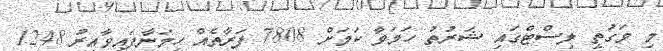
މި ވަގުތީ ލިސްޓްގައި ޝަރުތު ހަމަވާ ކަމަށްް 7808 ފަރާތެއް ހިމަނާފައިވާއިރު 1248